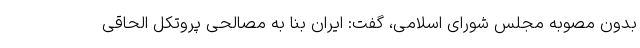
بدون مصوبه مجلس شورای اسلامی، گفت: ایران بنا به مصالحی پروتکل الحاقی